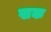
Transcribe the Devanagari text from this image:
खक